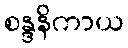
စန္ဒနိကာယ